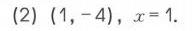
(2) \((1,-4)\), \(x = 1\)